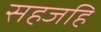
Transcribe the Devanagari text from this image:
सहजहि